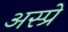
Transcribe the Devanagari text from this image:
अस्प्रे